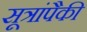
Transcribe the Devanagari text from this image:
सूत्रांपैकी